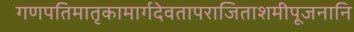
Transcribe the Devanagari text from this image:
गणपतिमातृकामार्गदेवतापराजिताशमीपूजनानि